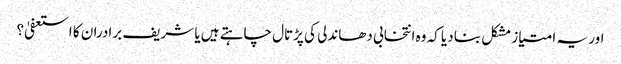
اور یہ امتیاز مشکل بنا دیا کہ وہ انتخابی دھاندلی کی پڑتال چاہتے ہیں یا شریف برادران کا استعفیٰ؟